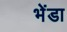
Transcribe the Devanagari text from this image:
भेंडा